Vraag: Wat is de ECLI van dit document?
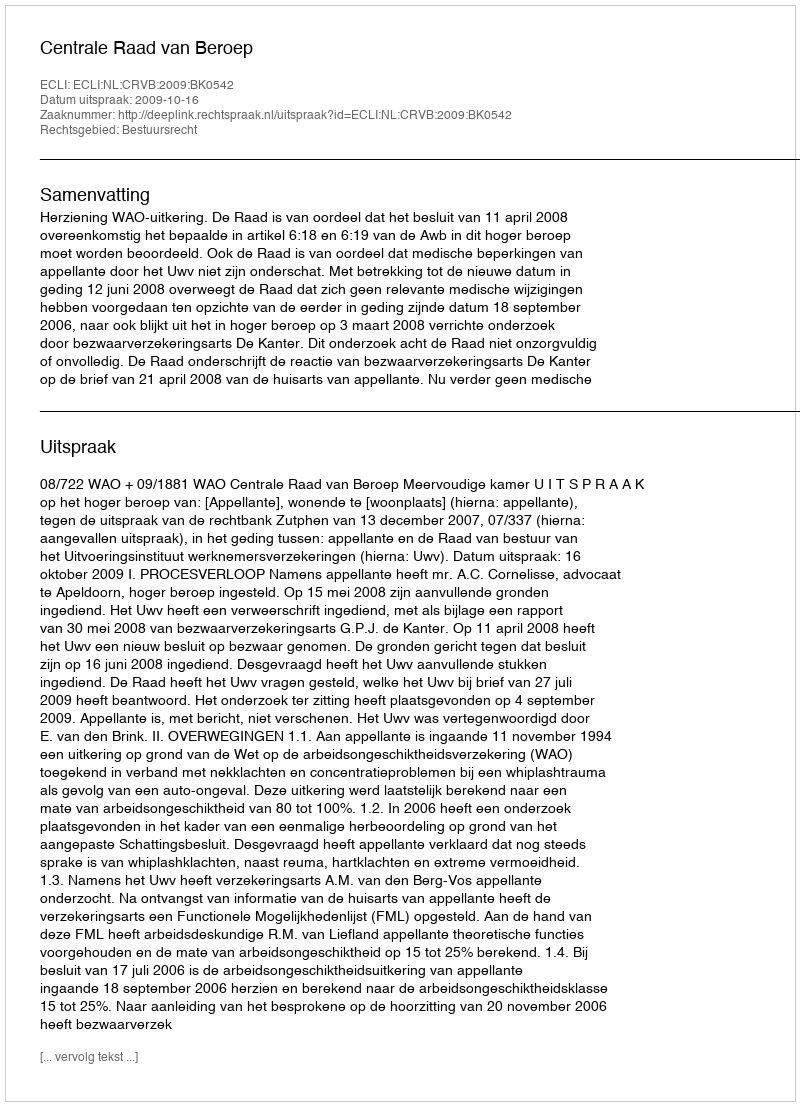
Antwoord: ECLI:NL:CRVB:2009:BK0542